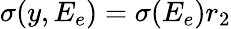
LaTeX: \sigma(y,E_{e})=\sigma(E_{e})r_{2}